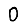
Digit: 0